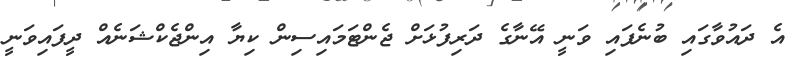
އެ ދައުވާގައި ބުނެފައި ވަނީ އޭނާގެ ދަރިފުޅަށް ޖެންޓަމައިސިން ކިޔާ އިންޖެކްޝަނެއް ދީފައިވަނީ